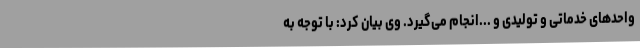
واحدهای خدماتی و تولیدی و ...انجام می‌گیرد. وی بیان کرد: با توجه به